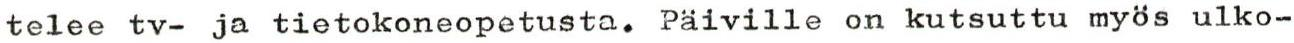
telee tv- ja tietokoneopetusta. Päiville on kutsuttu myös ulko-